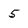
Character: 5